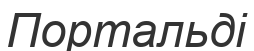
Портальді